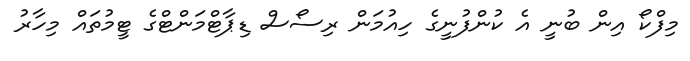
މިފްކޯ އިން ބުނީ އެ ކުންފުނީގެ ހިއުމަން ރިސޯސް ޑިޕާޓްމަންޓްގެ ޓީމުތައް މިހާރު